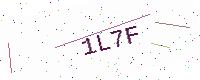
Text: 1L7F